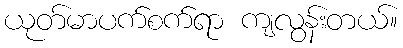
ယုတ်မာပက်စက်ရာ ကျလွန်းတယ်။